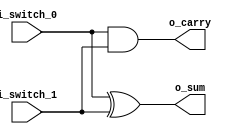
`timescale 1ns / 1ps
//////////////////////////////////////////////////////////////////////////////////
// Company: 
// Engineer: 
// 
// Design Name: 
// Module Name: HalfAdder
// Project Name: 
// Target Devices: 
// Tool Versions: 
// Description: 
// 
// Dependencies: 
// 
// Revision:
// Revision 0.01 - File Created
// Additional Comments:
// 
//////////////////////////////////////////////////////////////////////////////////


module HalfAdder(
    input i_switch_0,
    input i_switch_1,
    output o_sum, o_carry
    );

    assign o_sum = i_switch_0 ^ i_switch_1;
    assign o_carry = i_switch_0 & i_switch_1;
endmodule